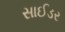
સાઈડર